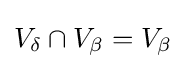
V_{\delta }\cap V_{\beta }=V_{\beta }